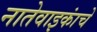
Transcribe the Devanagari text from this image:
नातेवाइकांचे